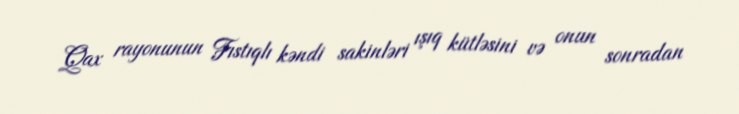
Qax rayonunun Fıstıqlı kəndi sakinləri ışıq kütləsini və onun sonradan